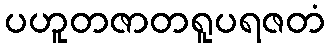
ပဟူတဇာတရူပရဇတံ